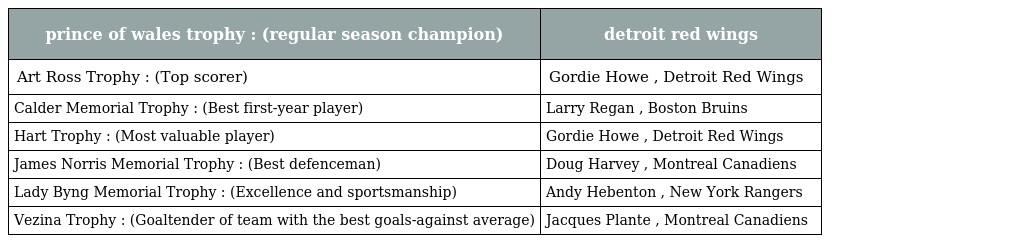
| prince of wales trophy : (regular season champion) | detroit red wings |
 | --- | --- |
 | Art Ross Trophy : (Top scorer) | Gordie Howe , Detroit Red Wings |
 | Calder Memorial Trophy : (Best first-year player) | Larry Regan , Boston Bruins |
 | Hart Trophy : (Most valuable player) | Gordie Howe , Detroit Red Wings |
 | James Norris Memorial Trophy : (Best defenceman) | Doug Harvey , Montreal Canadiens |
 | Lady Byng Memorial Trophy : (Excellence and sportsmanship) | Andy Hebenton , New York Rangers |
 | Vezina Trophy : (Goaltender of team with the best goals-against average) | Jacques Plante , Montreal Canadiens |